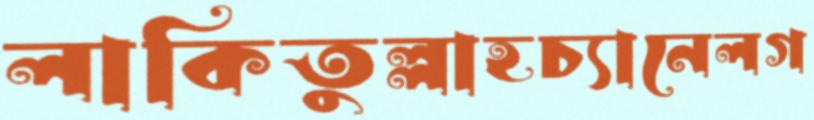
লাকিতুল্লাহচ্যানেলগ